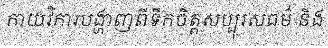
កាយវិការបង្ហាញពីទឹកចិត្តសប្បុរសធម៌ និង